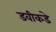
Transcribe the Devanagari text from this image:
डवीकडे